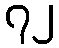
၇၂